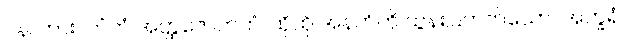
ပန၊ ကား။ တံတံ အတ္ထဇောတကံ၊ ထိုထို အနက်ကို ထွန်းပြတတ်သော။ အက္ခရံ၊